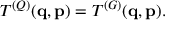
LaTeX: T ^ { ( Q ) } ( { \mathbf q } , { \mathbf p } ) = T ^ { ( G ) } ( { \mathbf q } , { \mathbf p } ) .